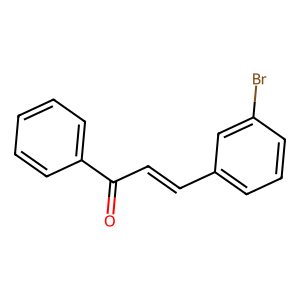
SMILES: O=C(C=Cc1cccc(Br)c1)c1ccccc1
Inhibits HIV replication: No